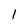
Character: I